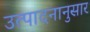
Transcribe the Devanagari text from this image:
उत्पादनानुसार